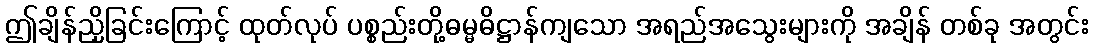
ဤချိန်ညှိခြင်းကြောင့် ထုတ်လုပ် ပစ္စည်းတို့ဓမ္မဓိဋ္ဌာန်ကျသော အရည်အသွေးများကို အချိန် တစ်ခု အတွင်း